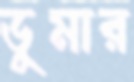
ডুমার